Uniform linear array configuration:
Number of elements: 64
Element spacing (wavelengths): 1
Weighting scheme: kaiser
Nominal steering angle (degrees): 0
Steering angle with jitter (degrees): -0.3401
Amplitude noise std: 0.05
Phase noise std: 0.05

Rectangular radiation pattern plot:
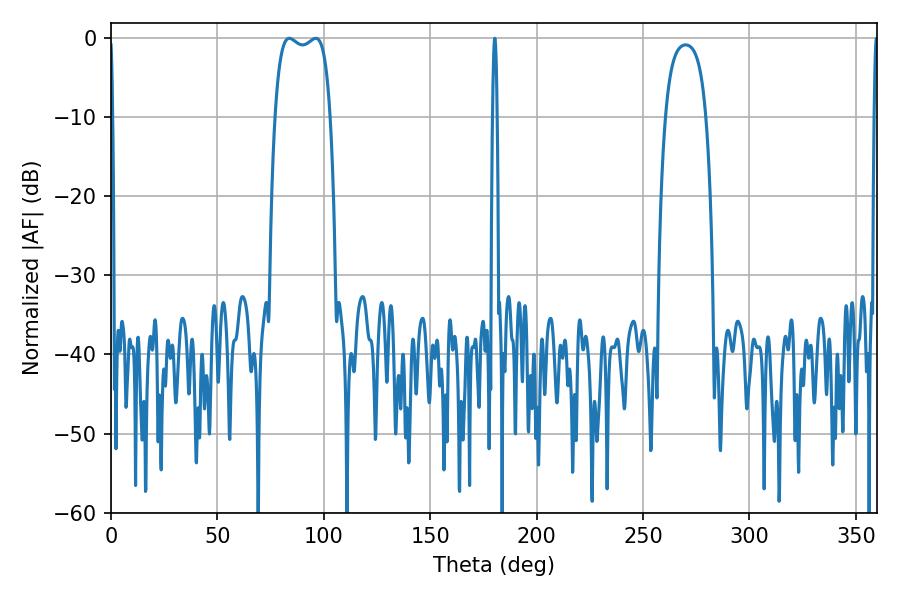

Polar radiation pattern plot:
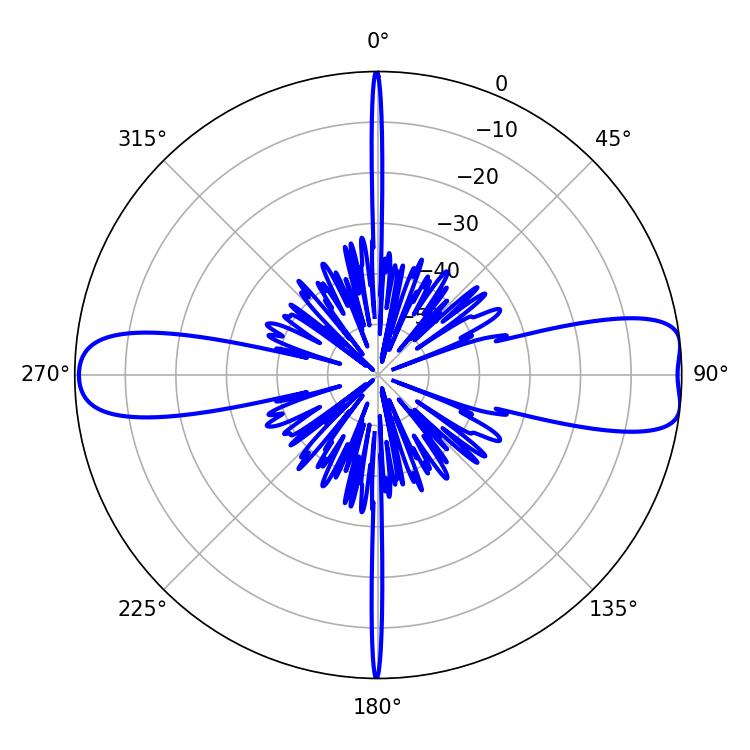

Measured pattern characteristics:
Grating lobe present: TRUE
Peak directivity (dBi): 10.968
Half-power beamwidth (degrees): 20.88
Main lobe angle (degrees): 83.7